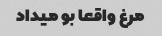
مرغ واقعا بو میداد